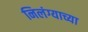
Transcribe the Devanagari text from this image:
निलंग्याच्या